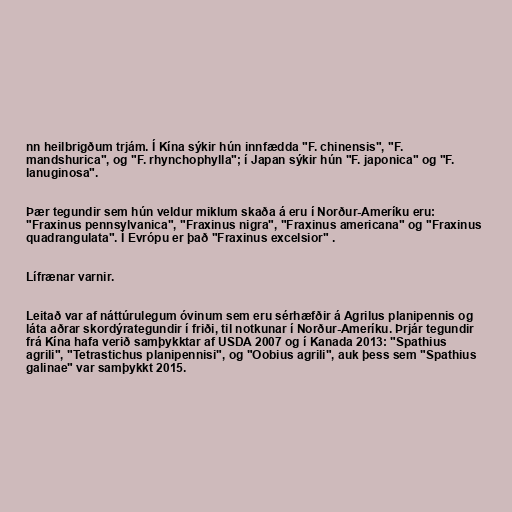
nn heilbrigðum trjám. Í Kína sýkir hún innfædda "F. chinensis", "F.
mandshurica", og "F. rhynchophylla"; í Japan sýkir hún "F. japonica" og "F.
lanuginosa".

Þær tegundir sem hún veldur miklum skaða á eru í Norður-Ameríku eru:
"Fraxinus pennsylvanica", "Fraxinus nigra", "Fraxinus americana" og "Fraxinus
quadrangulata". Í Evrópu er það "Fraxinus excelsior" .

Lífrænar varnir.

Leitað var af náttúrulegum óvinum sem eru sérhæfðir á Agrilus planipennis og
láta aðrar skordýrategundir í friði, til notkunar í Norður-Ameríku. Þrjár tegundir
frá Kína hafa verið samþykktar af USDA 2007 og í Kanada 2013: "Spathius
agrili", "Tetrastichus planipennisi", og "Oobius agrili", auk þess sem "Spathius
galinae" var samþykkt 2015.